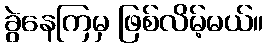
ခွဲနေကြမှ ဖြစ်လိမ့်မယ်။